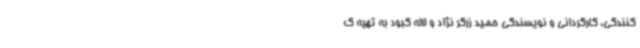
کنندگی، کارگردانی و نویسندگی حمید زرگر نژاد و لاله کبود به تهیه ک